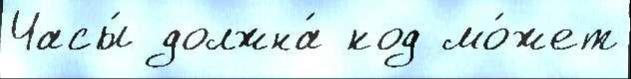
Часы́ должна́ код мо́жет